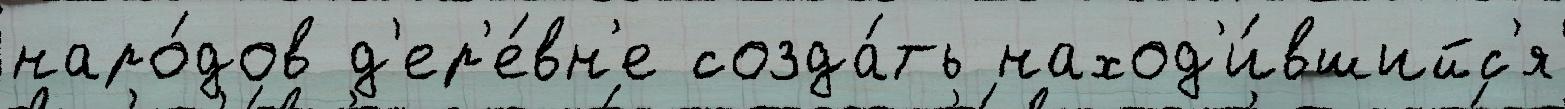
наро́дов д'ер'е́вн'е созда́ть наход'и́вшийс'я